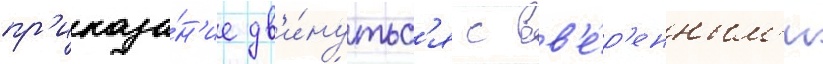
пр'иказа́н'ие дв'и́нутьс'я с вв'е́р'енным'и